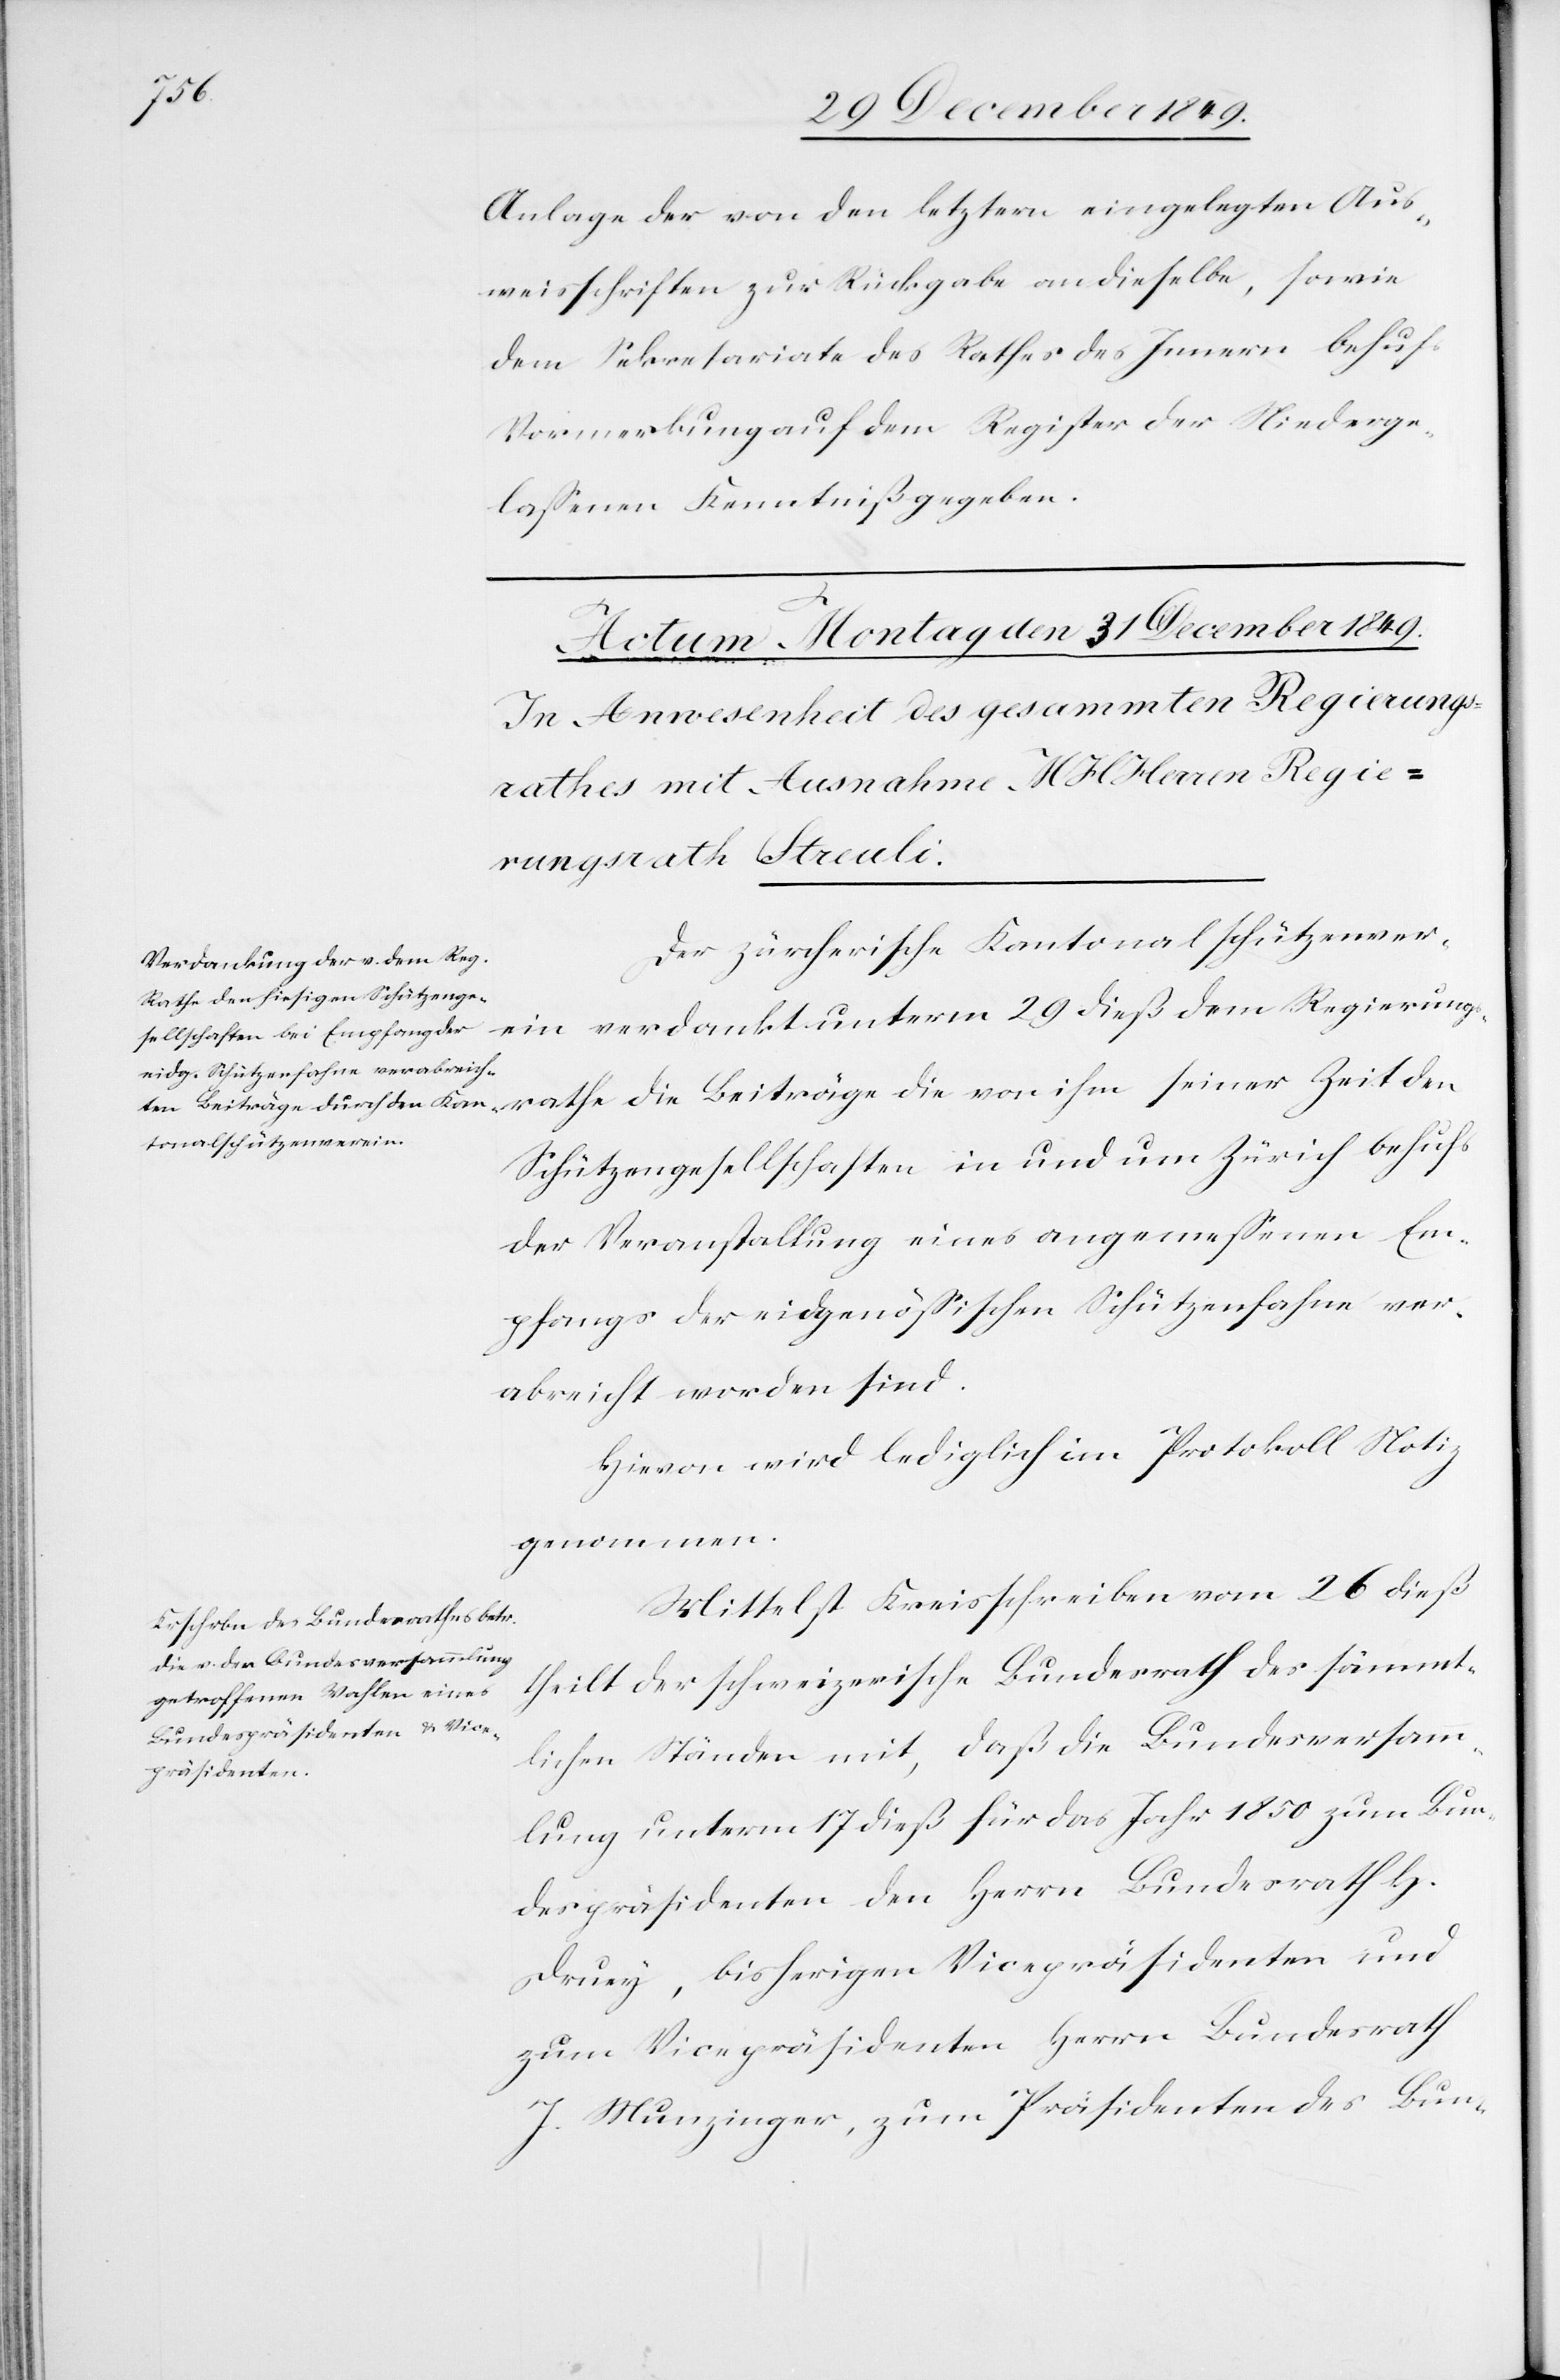
sämm¬

Anlage der von den letztern eingelegten Aus¬
weisschriften zu Rückgabe an dieselbe, sowie
dem Sekretariate des Rathes des Innern behufs
Vormerkung auf dem Register der Niederge¬
laßenen Kenntniß gegeben.
Der zürcherische Kantonalschützenver¬
ein verdankt unterm 29 dieß dem Regierung¬
Schützengesellschaften in und um Zürich behufs
der Veranstaltung eines angemeßenen Em¬
pfangs der eidgenößischen Schützenfahne ver¬
abreicht worden sind.
Hievon wird lediglich im Protokoll Notiz
genommen.
Mittelst Kreisschreiben vom 26 dieß
theilt der schweizerische Bundesrath der [sic!]
tlichen Ständen mit, daß die Bundesversamm¬
lung unterm 17 dieß für das Jahr 1850 zum Bun¬
despräsidenten den Herrn Bundesrath H.
Druey, bisherigen Vicepräsidenten und
zum Vicepräsidenten Herrn Bundesrath
J. Munzinger, zum Präsidenten des Bun-